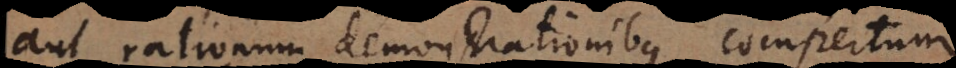
aut rationum demonstrationibus compert